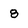
Character: 8